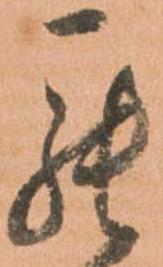
罷